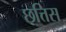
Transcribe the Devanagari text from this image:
छत्तिस